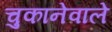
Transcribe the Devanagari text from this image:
चुकानेवाले